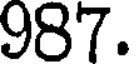
987.